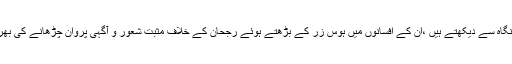
وہ نفسانیت کو نفرت کی نگاہ سے دیکھتے ہیں ،ان کے افسانوں میں ہوس زر کے بڑھتے ہوئے رجحان کے خلاف مثبت شعور و آگہی پروان چڑھانے کی بھرپور کوشش کی گئی ہے۔